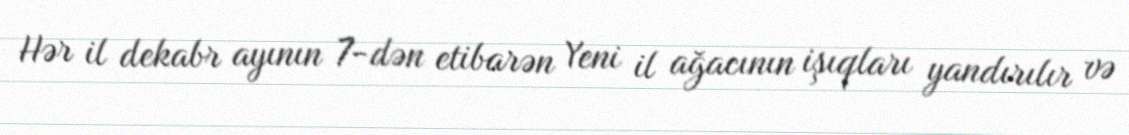
Hər il dekabr ayının 7-dən etibarən Yeni il ağacının işıqları yandırılır və